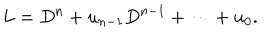
L = D ^ { n } + u _ { n - 1 } D ^ { n - 1 } + \cdots + u _ { 0 } .